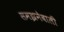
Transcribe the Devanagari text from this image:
समझनेवाली